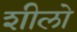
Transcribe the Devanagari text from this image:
शीलो